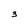
Character: 3